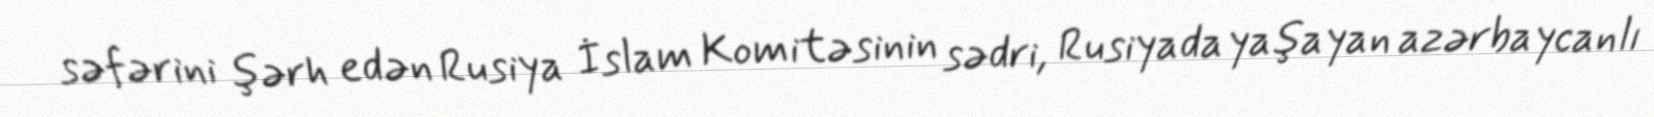
səfərini şərh edən Rusiya İslam Komitəsinin sədri, Rusiyada yaşayan azərbaycanlı